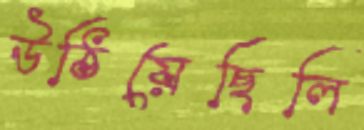
উঠিয়েছিলি